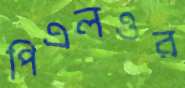
পিএলওর